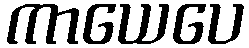
ကာယေပေ